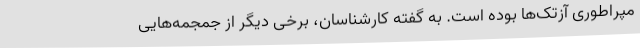
مپراطوری آزتک‌ها بوده است. به گفته کارشناسان، برخی دیگر از جمجمه‌هایی